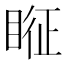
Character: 𱳂